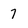
Character: 7